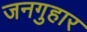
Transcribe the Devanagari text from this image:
जनगुहार